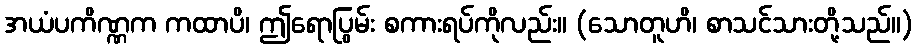
အယံပကိဏ္ဏက ကထာပိ၊ ဤရောပြွမ်း စကားရပ်ကိုလည်း။ (သောတူဟိ၊ စာသင်သားတို့သည်။)